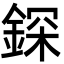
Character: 𨨥